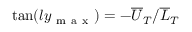
\tan ( l y _ { \mathrm { ~ m ~ a ~ x ~ } } ) = - { \overline { { U } } _ { T } } / { \overline { { L } } _ { T } }